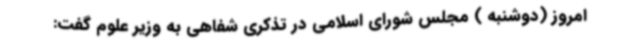
امروز (دوشنبه ) مجلس شورای اسلامی در تذکری شفاهی به وزیر علوم گفت: